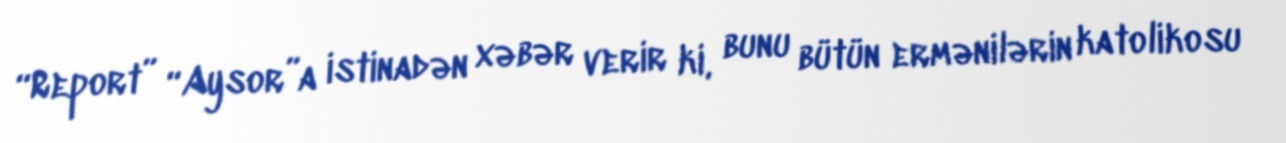
“Report” “Aysor”a istinadən xəbər verir ki, bunu bütün ermənilərin katolikosu